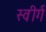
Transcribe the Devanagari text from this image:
स्वीर्ग